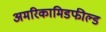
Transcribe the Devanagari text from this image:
अमरिकामिडफील्‍ड